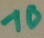
Text: 10